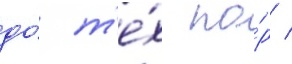
до́ т'е́х по́р /